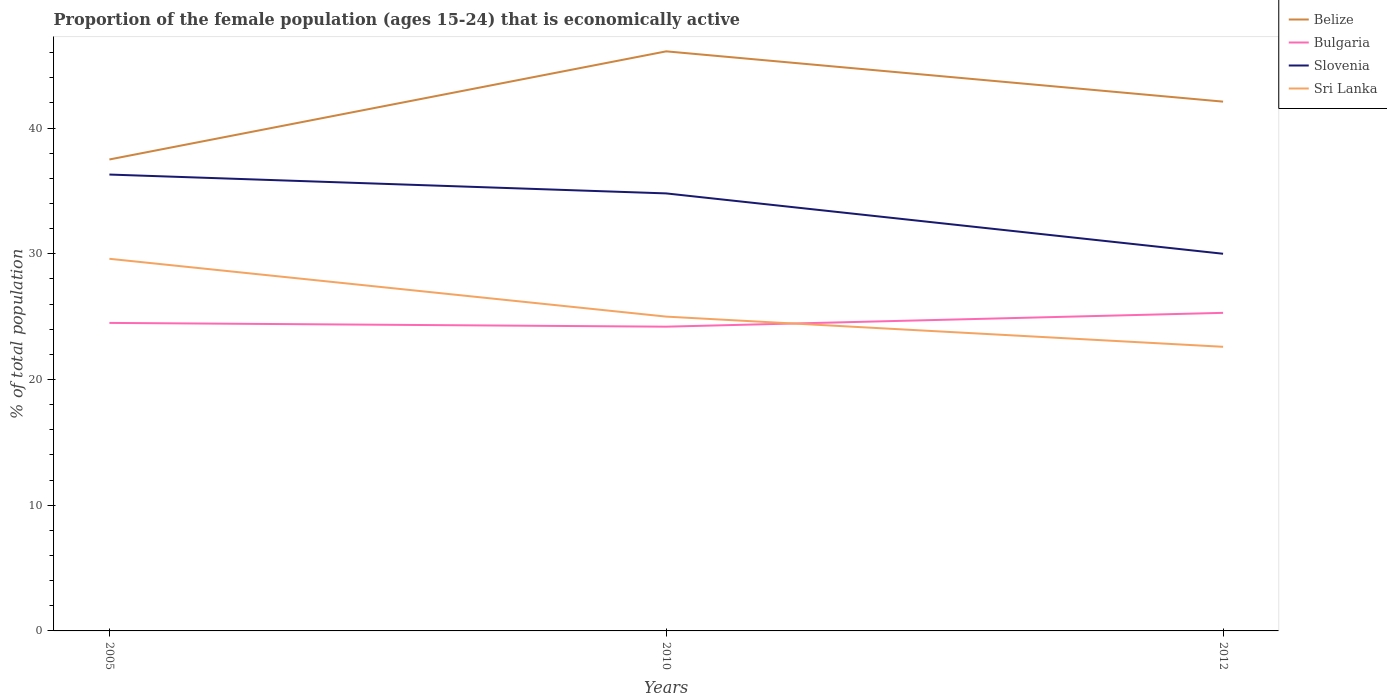
| Years | Belize | Bulgaria | Slovenia | Sri Lanka |
 | --- | --- | --- | --- | --- |
 | 2005 | 37.5 | 24.5 | 36.3 | 29.6 |
 | 2010 | 46.1 | 24.2 | 34.8 | 25 |
 | 2012 | 42.1 | 25.3 | 30 | 22.6 |